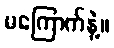
မကြောက်နဲ့။